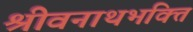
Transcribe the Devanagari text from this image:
श्रीवनाथभक्ति